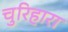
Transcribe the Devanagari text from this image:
चुरिहारा